Civil Veterinary Department ledger series I-VI
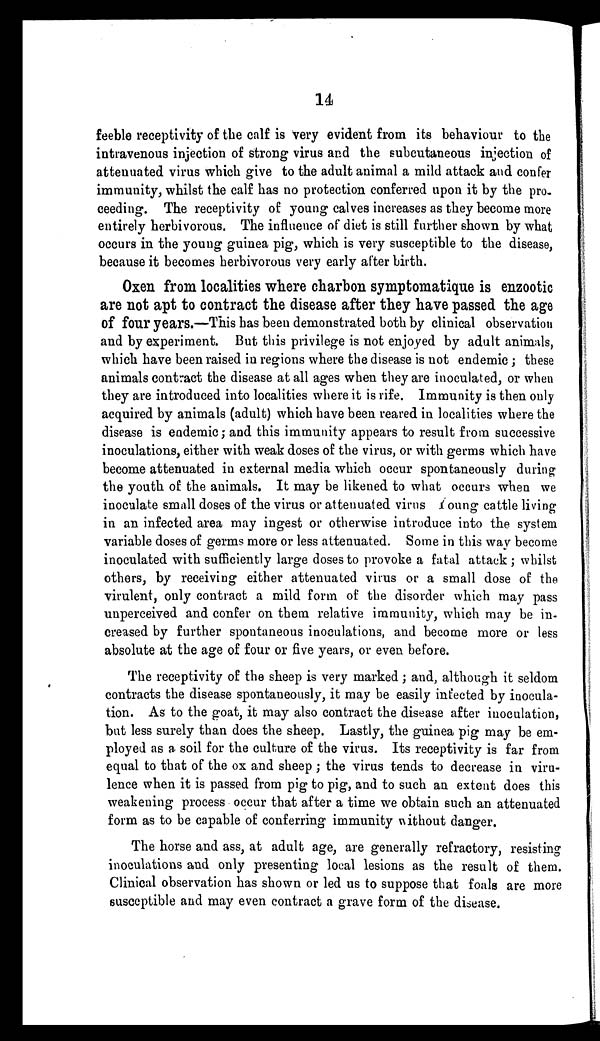
14
feeble receptivity of the calf is very evident from its behaviour to the
intravenous injection of strong virus and the subcutaneous injection of
attenuated virus which give to the adult animal a mild attack and confer
immunity, whilst the calf has no protection conferred upon it by the pro-
ceeding. The receptivity of young calves increases as they become more
entirely herbivorous. The influence of diet is still further shown by what
occurs in the young guinea pig, which is very susceptible to the disease,
because it becomes herbivorous very early after birth.
Oxen from localities where charbon symptomatique is enzootic
are not apt to contract the disease after they have passed the age
of four years.—This has been demonstrated both by clinical observation
and by experiment. But this privilege is not enjoyed by adult animals,
which have been raised in regions where the disease is not endemic ; these
animals contract the disease at all ages when they are inoculated, or when
they are introduced into localities where it is rife. Immunity is then only
acquired by animals (adult) which have been reared in localities where the
disease is endemic ; and this immunity appears to result from successive
inoculations, either with weak doses of the virus, or with germs which have
become attenuated in external media which occur spontaneously during
the youth of the animals. It may be likened to what occurs when we
inoculate small doses of the virus or attenuated virus Young cattle living
in an infected area may ingest or otherwise introduce into the system
variable doses of germs more or less attenuated. Some in this way become
inoculated with sufficiently large doses to provoke a fatal attack ; whilst
others, by receiving either attenuated virus or a small dose of the
virulent, only contract a mild form of the disorder which may pass
unperceived and confer on them relative immunity, which may be in-
creased by further spontaneous inoculations, and become more or less
absolute at the age of four or five years, or even before.
The receptivity of the sheep is very marked; and, although it seldom
contracts the disease spontaneously, it may be easily infected by inocula-
tion. As to the goat, it may also contract the disease after inoculation,
but less surely than does the sheep. Lastly, the guinea pig may be em-
ployed as a soil for the culture of the virus. Its receptivity is far from
equal to that of the ox and sheep; the virus tends to decrease in viru-
lence when it is passed from pig to pig, and to such an extent does this
weakening process occur that after a time we obtain such an attenuated
form as to be capable of conferring immunity without danger.
The horse and ass, at adult age, are generally refractory, resisting
inoculations and only presenting local lesions as the result of them.
Clinical observation has shown or led us to suppose that foals are more
susceptible and may even contract a grave form of the disease.